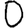
Digit: 0